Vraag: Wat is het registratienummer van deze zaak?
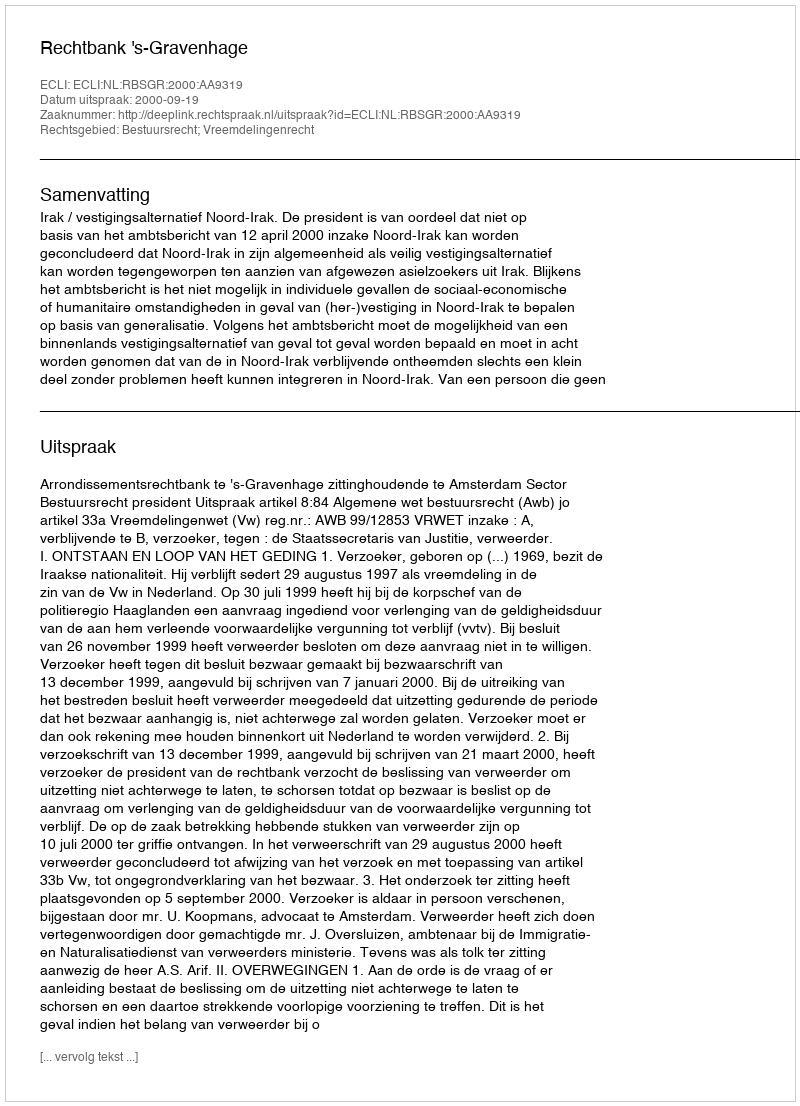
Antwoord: http://deeplink.rechtspraak.nl/uitspraak?id=ECLI:NL:RBSGR:2000:AA9319